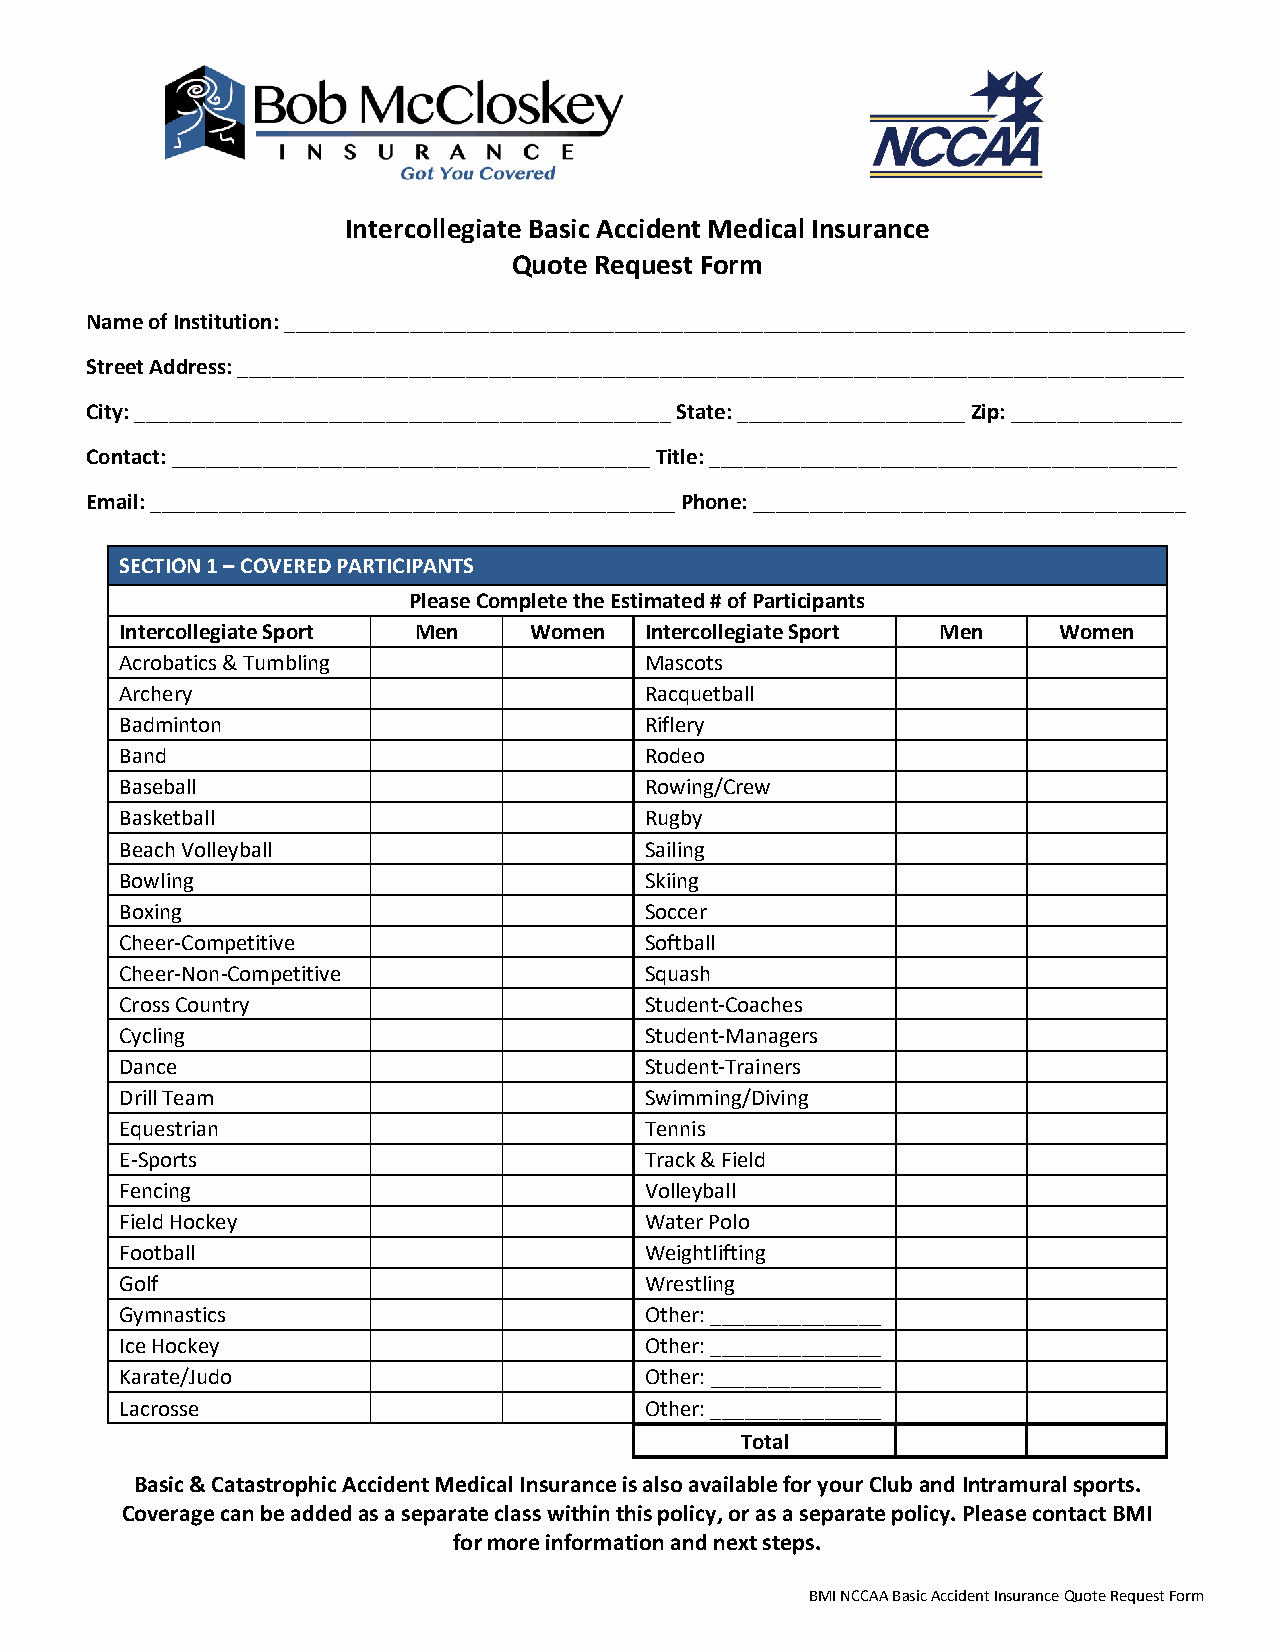
Intercollegiate Basic Accident Medical Insurance
 Quote Request Form
 Name of Institution: _______________________________________________________________________________
 Street Address: ___________________________________________________________________________________
 City: _______________________________________________ State: ____________________ Zip: _______________
 Contact: __________________________________________ Title: _________________________________________
 Email: ______________________________________________ Phone: ______________________________________
 SECTION 1 – COVERED PARTICIPANTS
 Please Complete the Estimated # of Participants
 Intercollegiate Sport Men  Women   Intercollegiate Sport Men  Women
 Acrobatics & Tumbling              Mascots
 Archery                            Racquetball
 Badminton                          Riflery
 Band                               Rodeo
 Baseball                           Rowing/Crew
 Basketball                         Rugby
 Beach Volleyball                   Sailing
 Bowling                            Skiing
 Boxing                             Soccer
 Cheer-Competitive                  Softball
 Cheer-Non-Competitive              Squash
 Cross Country                      Student-Coaches
 Cycling                            Student-Managers
 Dance                              Student-Trainers
 Drill Team                         Swimming/Diving
 Equestrian                         Tennis
 E-Sports                           Track & Field
 Fencing                            Volleyball
 Field Hockey                       Water Polo
 Football                           Weightlifting
 Golf                               Wrestling
 Gymnastics                         Other: _______________
 Ice Hockey                         Other: _______________
 Karate/Judo                        Other: _______________
 Lacrosse                           Other: _______________
 Total
 Basic & Catastrophic Accident Medical Insurance is also available for your Club and Intramural sports.
 Coverage can be added as a separate class within this policy, or as a separate policy. Please contact BMI
 for more information and next steps.
 BMI NCCAA Basic Accident Insurance Quote Request Form